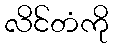
လိင်တံကို